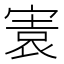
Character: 㝨